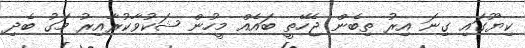
ކިޔޫގައި ގިނަ އިރު ތިބެން ޖެހޭތީ ބައެއް މީހުން ޝަކުވާކުރާއިރު މަގު ބެދި